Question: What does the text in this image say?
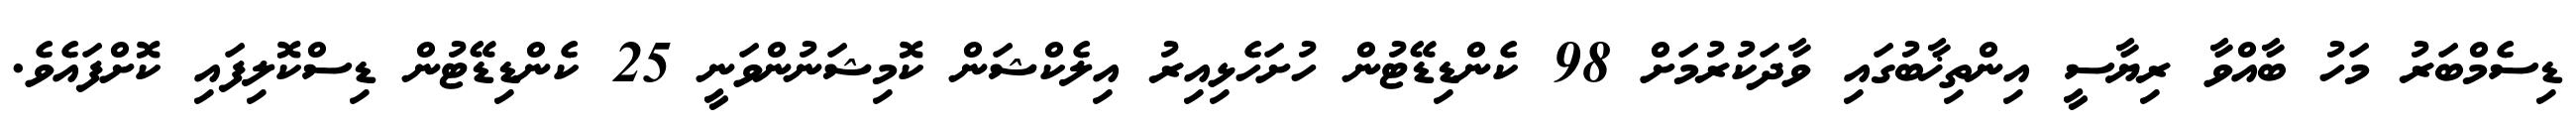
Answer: ޑިސެމްބަރު މަހު ބާއްވާ ރިޔާސީ އިންތިޚާބުގައި ވާދަކުރުމަށް 98 ކެންޑިޑޭޓުން ހުށަހެޅިއިރު އިލެކްޝަން ކޮމިޝަނުންވަނީ 25 ކެންޑިޑޭޓުން ޑިސްކޮލިފައި ކޮށްފައެވެ.